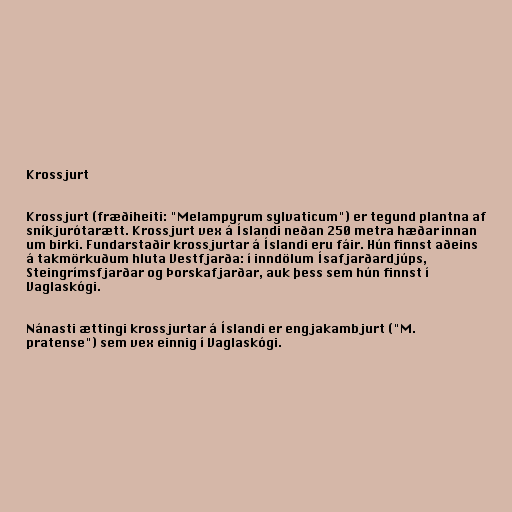
Krossjurt

Krossjurt (fræðiheiti: "Melampyrum sylvaticum") er tegund plantna af
sníkjurótarætt. Krossjurt vex á Íslandi neðan 250 metra hæðar innan
um birki. Fundarstaðir krossjurtar á Íslandi eru fáir. Hún finnst aðeins
á takmörkuðum hluta Vestfjarða: í inndölum Ísafjarðardjúps,
Steingrímsfjarðar og Þorskafjarðar, auk þess sem hún finnst í
Vaglaskógi.

Nánasti ættingi krossjurtar á Íslandi er engjakambjurt ("M.
pratense") sem vex einnig í Vaglaskógi.